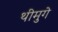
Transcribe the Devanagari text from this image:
थीमुगे